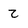
Character: Z